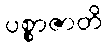
ပစ္စာဇာတိ